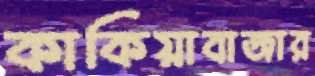
কাকিয়াবাজার